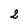
Character: 2